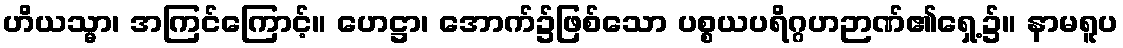
ဟိယသ္မာ၊ အကြင်ကြောင့်။ ဟေဋ္ဌာ၊ အောက်၌ဖြစ်သော ပစ္စယပရိဂ္ဂဟဉာဏ်၏ရှေ့၌။ နာမရူပ